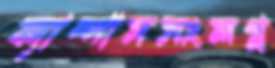
ক্যাম্পাসসংলগ্ন